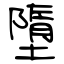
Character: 墮